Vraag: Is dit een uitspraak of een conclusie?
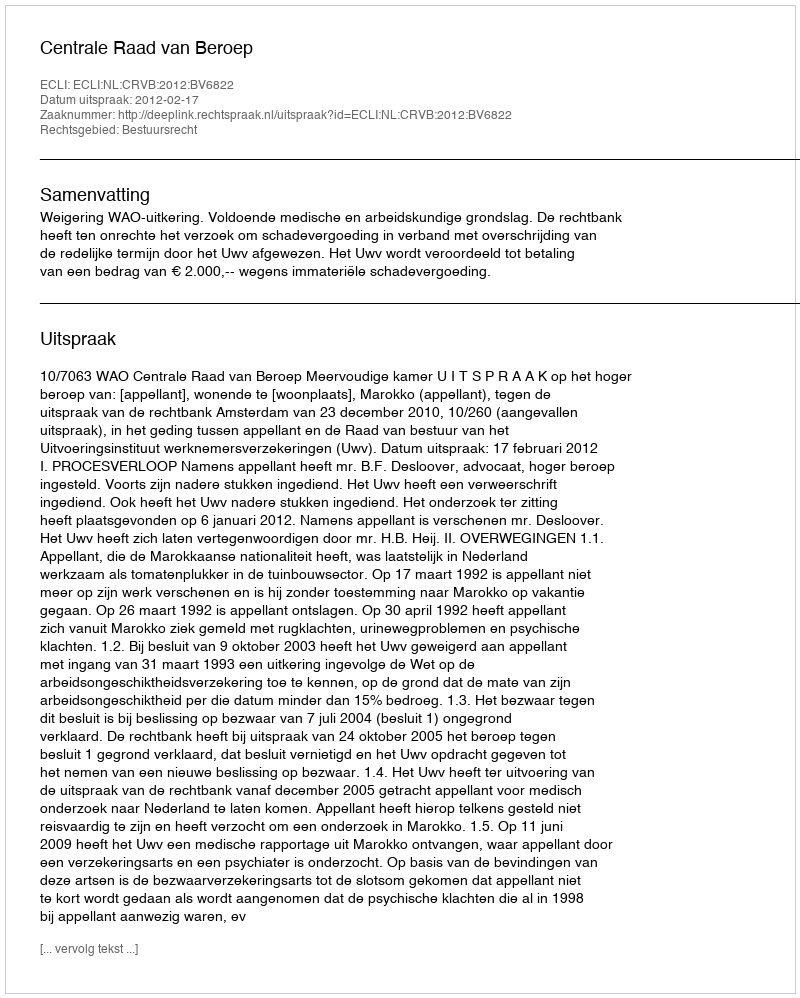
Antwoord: Uitspraak